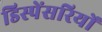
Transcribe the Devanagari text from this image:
डिस्पेंसरियों